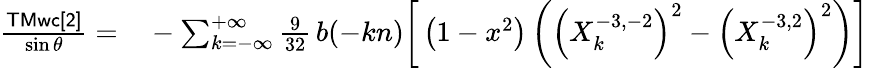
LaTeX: \begin{array}{rl}{\frac{\sf TMwc[2]}{\sin\theta}=}&{{}-\sum_{k=-\infty}^{+\infty}\frac{9}{32}\, b(-kn)\bigg[\left(1-x^{2}\right)\left(\left(X_{k}^{-3,-2}\right)^{2}-\left(X_{k}^{-3,2}\right)^{2}\right)\bigg]}\end{array}